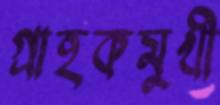
গ্রাহকমুখী